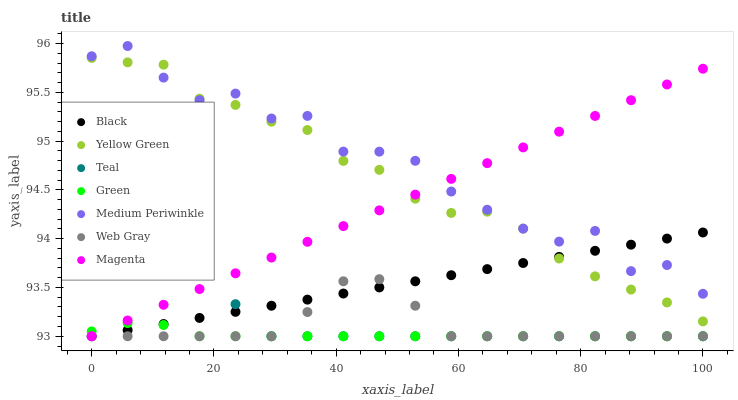
| xaxis_label | Black | Yellow Green | Teal | Green | Medium Periwinkle | Web Gray | Magenta |
 | --- | --- | --- | --- | --- | --- | --- | --- |
 | 0 | 93 | 95.9 | 93.6 | 93 | 95.9 | 93 | 93 |
 | 5.88 | 93.1 | 95.8 | 93.8 | 93.1 | 96 | 93 | 93.2 |
 | 11.8 | 93.1 | 95.8 | 93.8 | 93.1 | 95.7 | 93 | 93.3 |
 | 17.6 | 93.2 | 95.4 | 93.6 | 93 | 95.4 | 93 | 93.5 |
 | 23.5 | 93.3 | 95.4 | 93.3 | 93 | 95.5 | 93 | 93.6 |
 | 29.4 | 93.3 | 95.2 | 93 | 93 | 95.2 | 93 | 93.8 |
 | 35.3 | 93.4 | 95.1 | 93 | 93 | 95.3 | 93.2 | 94 |
 | 41.2 | 93.4 | 94.8 | 93 | 93 | 94.9 | 93.6 | 94.1 |
 | 47.1 | 93.5 | 94.7 | 93 | 93 | 94.9 | 93.6 | 94.3 |
 | 52.9 | 93.6 | 94.4 | 93 | 93 | 94.8 | 93.3 | 94.5 |
 | 58.8 | 93.6 | 94.3 | 93 | 93 | 94.5 | 93 | 94.6 |
 | 64.7 | 93.7 | 94.3 | 93 | 93 | 94.3 | 93 | 94.8 |
 | 70.6 | 93.8 | 94.1 | 93 | 93 | 94.1 | 93 | 94.9 |
 | 76.5 | 93.8 | 93.8 | 93 | 93 | 94 | 93 | 95.1 |
 | 82.4 | 93.9 | 93.6 | 93 | 93 | 94.1 | 93 | 95.3 |
 | 88.2 | 93.9 | 93.5 | 93 | 93 | 93.7 | 93 | 95.4 |
 | 94.1 | 94 | 93.3 | 93 | 93 | 93.7 | 93 | 95.6 |
 | 100 | 94.1 | 93.2 | 93 | 93 | 93.4 | 93 | 95.7 |